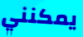
يمكنني